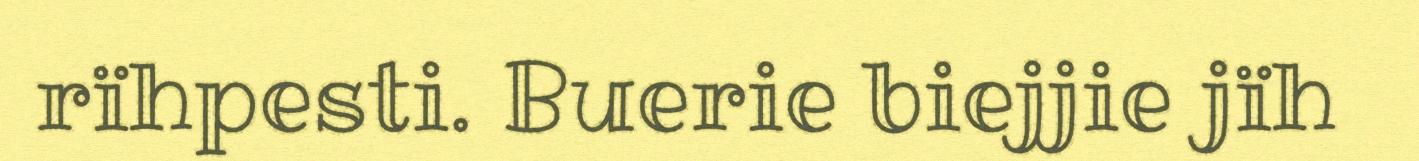
rïhpesti. Buerie biejjie jïh